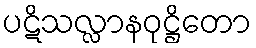
ပဋိသလ္လာနဝုဋ္ဌိတော